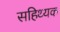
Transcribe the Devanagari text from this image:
सहिथ्यक